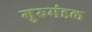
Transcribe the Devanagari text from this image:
गुरुमंडल